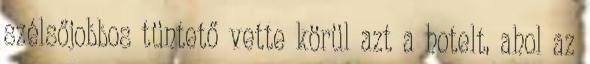
szélsőjobbos tüntető vette körül azt a hotelt, ahol az